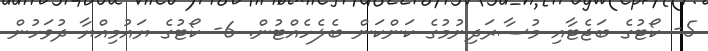
5- ކޯޓުގެ ބަޖެޓާއި މުސާރަދިނުމުގެ ކަންކަން ބެލެހެއްޓުން. 6- ކޯޓުގެ ޔައުމިއްޔާ ދުވަހުން